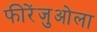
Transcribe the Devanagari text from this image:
फीरेंजुओला